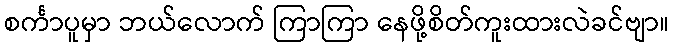
စင်္ကာပူမှာ ဘယ်လောက် ကြာကြာ နေဖို့စိတ်ကူးထားလဲခင်ဗျာ။